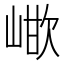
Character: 𭖳